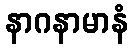
နာဂနာမာနံ